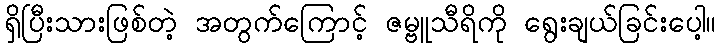
ရှိပြီးသားဖြစ်တဲ့ အတွက်ကြောင့် ဇမ္ဗူသီရိကို ရွေးချယ်ခြင်းပေါ့။